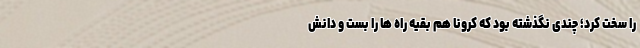
را سخت کرد؛ چندی نگذشته بود که کرونا هم بقیه راه ها را بست و دانش